Vaccination report Assam 1896-1927 - 1896-1927
Year: 1896
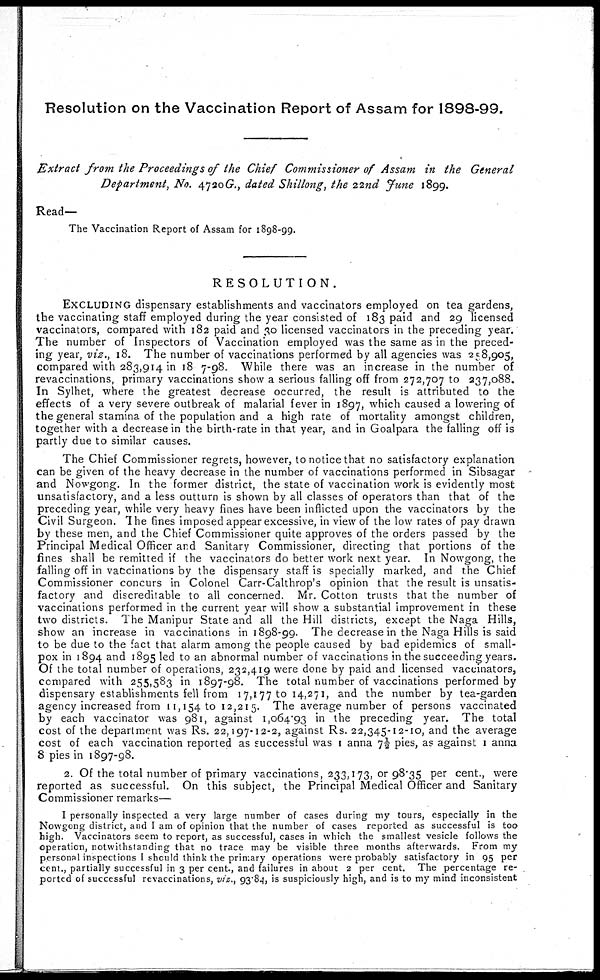
Resolution on the Vaccination Report of Assam for 1898-99.
Extract from the Proceedings of the Chief Commissioner of Assam in the General
Department, No. 4720G., dated Shillong, the 22nd June 1899.
Read—
The Vaccination Report of Assam for 1898-99.
RESOLUTION.
EXCLUDING dispensary establishments and vaccinators employed on tea gardens,
the vaccinating staff employed during the year consisted of 183 paid and 29 licensed
vaccinators, compared with 182 paid and 30 licensed vaccinators in the preceding year.
The number of Inspectors of Vaccination employed was the same as in the preced-
ing year, viz., 18. The number of vaccinations performed by all agencies was 258,905,
compared with 283,914 in 18 7-98. While there was an increase in the number of
revaccinations, primary vaccinations show a serious falling off from 272,707 to 237,088.
In Sylhet, where the greatest decrease occurred, the result is attributed to the
effects of a very severe outbreak of malarial fever in 1897, which caused a lowering of
the general stamina of the population and a high rate of mortality amongst children,
together with a decrease in the birth-rate in that year, and in Goalpara the falling off is
partly due to similar causes.
The Chief Commissioner regrets, however, to notice that no satisfactory explanation
can be given of the heavy decrease in the number of vaccinations performed in Sibsagar
and Nowgong. In the former district, the state of vaccination work is evidently most
unsatisfactory, and a less outturn is shown by all classes of operators than that of the
preceding year, while very heavy fines have been inflicted upon the vaccinators by the
Civil Surgeon. The fines imposed appear excessive, in view of the low rates of pay drawn
by these men, and the Chief Commissioner quite approves of the orders passed by the
Principal Medical Officer and Sanitary Commissioner, directing that portions of the
fines shall be remitted if the vaccinators do better work next year. In Nowgong, the
falling off in vaccinations by the dispensary staff is specially marked, and the Chief
Commissioner concurs in Colonel Carr-Calthrop's opinion that the result is unsatis-
factory and discreditable to all concerned. Mr. Cotton trusts that the number of
vaccinations performed in the current year will show a substantial improvement in these
two districts. The Manipur State and all the Hill districts, except the Naga Hills,
show an increase in vaccinations in 1898-99. The decrease in the Naga Hills is said
to be due to the fact that alarm among the people caused by bad epidemics of small-
pox in 1894 and 1895 led to an abnormal number of vaccinations in the succeeding years.
Of the total number of operations, 232,419 were done by paid and licensed vaccinators,
compared with 255,583 in 1897-98. The total number of vaccinations performed by
dispensary establishments fell from 17,177 to 14,271, and the number by tea-garden
agency increased from 11,154 to 12,215. The average number of persons vaccinated
by each vaccinator was 981, against 1,064.93 in the preceding year. The total
cost of the department was Rs. 22,197-12-2, against Rs. 22,345-12-10, and the average
cost of each vaccination reported as successful was 1 anna 7½ pies, as against 1 anna
8 pies in 1897-98.
2. Of the total number of primary vaccinations, 233,173, or 98.35 per cent., were
reported as successful. On this subject, the Principal Medical Officer and Sanitary
Commissioner remarks—
I personally inspected a very large number of cases during my tours, especially in the
Nowgong district, and I am of opinion that the number of cases reported as successful is too
high. Vaccinators seem to report, as successful, cases in which the smallest vesicle follows the
operation, notwithstanding that no trace may be visible three months afterwards. From my
personal inspections I should think the primary operations were probably satisfactory in 95 per
cent., partially successful in 3 per cent., and failures in about 2 per cent. The percentage re-
ported of successful revaccinations, viz., 93.84, is suspiciously high, and is to my mind inconsistent